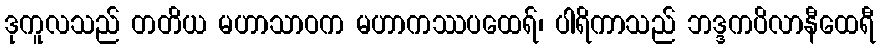
ဒုကူလသည် တတိယ မဟာသာဝက မဟာကဿပထေရ်၊ ပါရိကာသည် ဘဒ္ဒကပိလာနီထေရီ